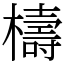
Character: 檮